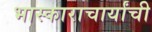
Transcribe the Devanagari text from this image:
भास्काराचार्यांची